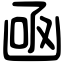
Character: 凾